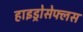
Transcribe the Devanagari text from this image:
हाइड्रोसेफ्लस